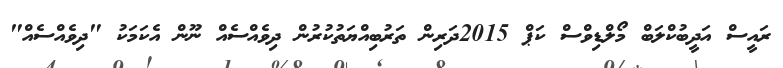
ރައީސް އަދީބުކްލަބް މޯލްޑިވްސް ކަޕް 2015ދަރިން ތަރުބިއްޔަތުކުރުން ދިވެއްސެއް ނޫން އެކަމަކު "ދިވެއްސެއް"